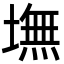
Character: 墲